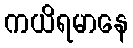
ကယိရမာနေ